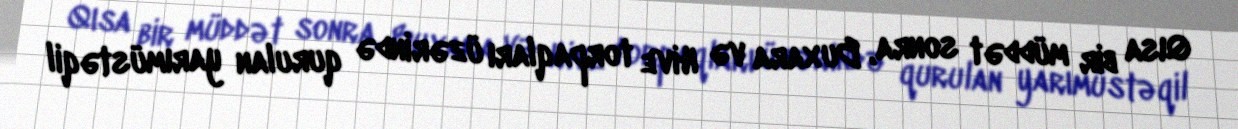
Qısa bir müddət sonra, Buxara və Hive torpaqları üzərində qurulan yarımüstəqil